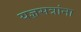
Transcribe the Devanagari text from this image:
यज्ञसत्रांना